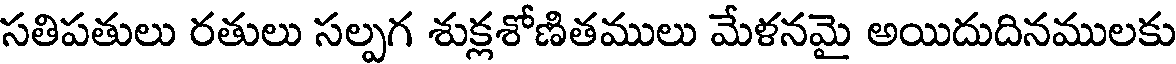
సతిపతులు రతులు సల్పగ శుక్లశోణితములు మేళనమై అయిదుదినములకు